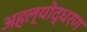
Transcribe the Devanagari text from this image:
अहल्योद्धरण